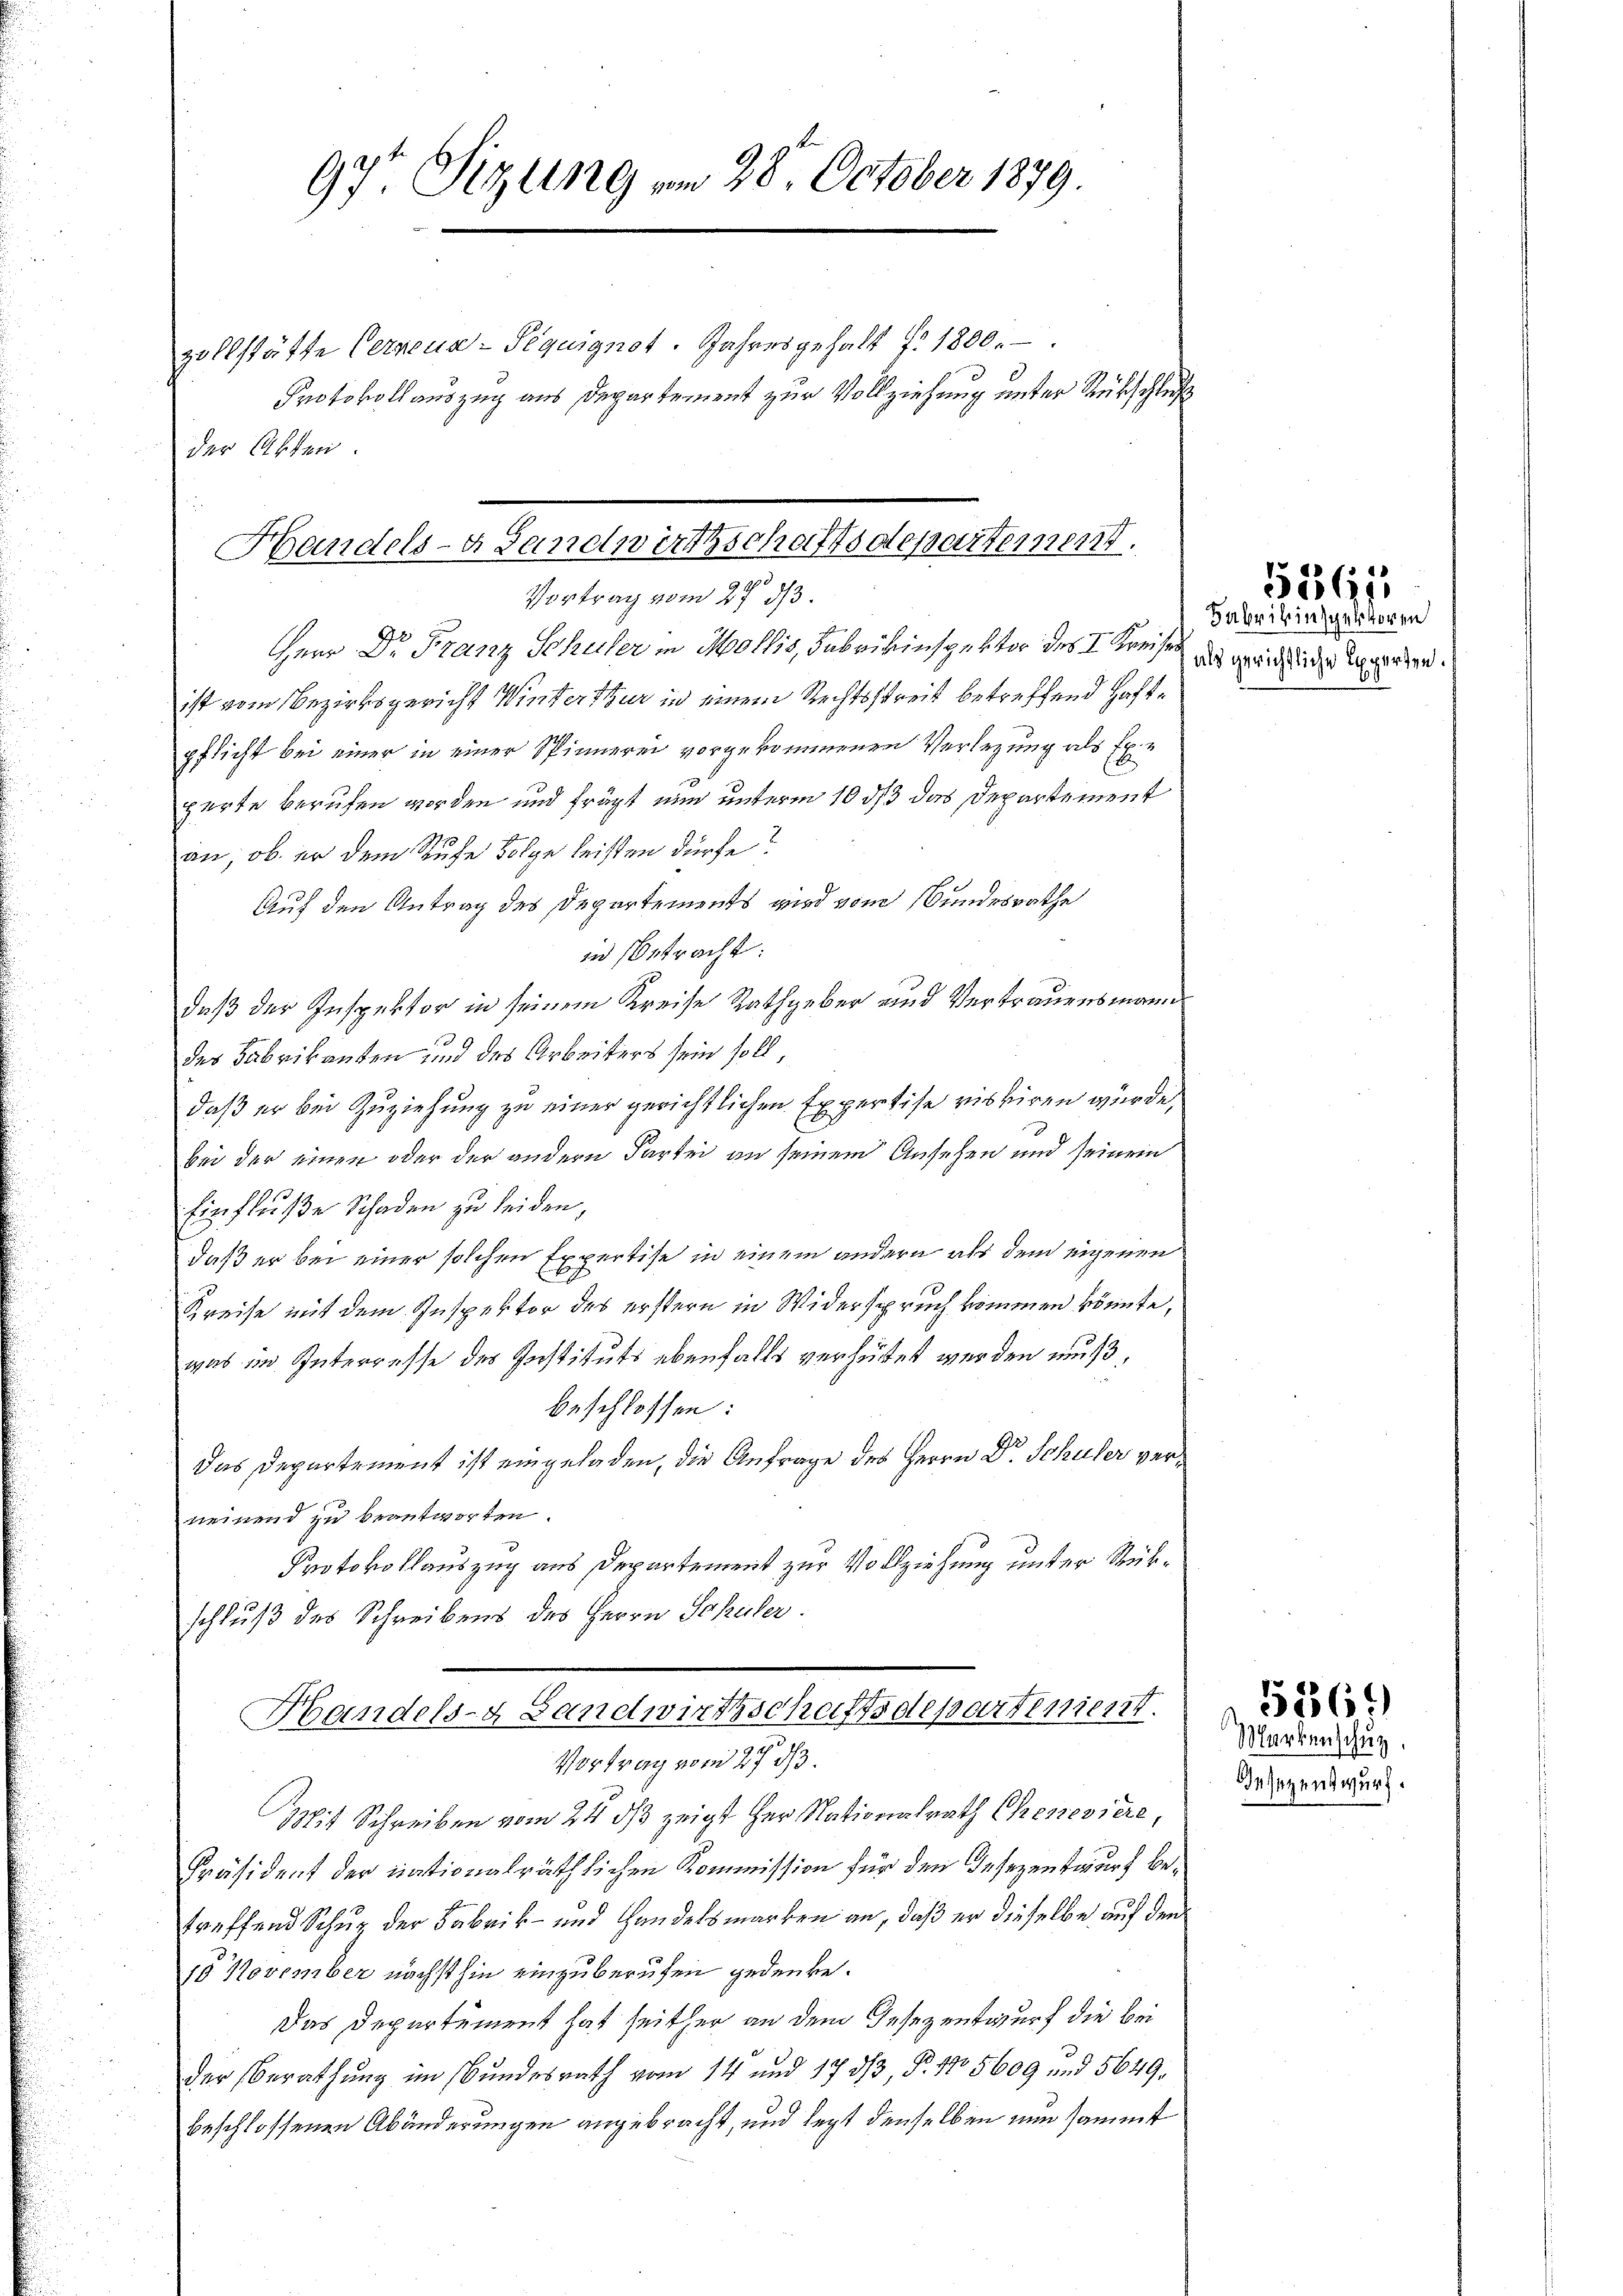
97 Sizung vom 28. October 1879.

zollstätte Cerneun-Peguignot. Jahresgehalt No 1880.
Protokollauszug aus Departement zur Vollziehung unter Rückschluß
der Akten.

Handels- & Ganelwirthschaftsdepartement.
Vortrag vom 27. ds.

Herr Dr. Franz Schuler in Mollis, Fabrikinspektor des I. Kreise es gerichtliche Anwenden
ist vom Bezirksgericht Winterthur in einem Rechtsstreit betreffend Haftpflicht bei einer in einer Spinnerei vorgekommenen Verlegung als Exe
perte berufen worden und frägt nun unterm 10 1/3 das Departement
an, ob er dem Ruhe Folge leisten dürfe?
Auf den Antrag des Departements wird vom Bundesrathe
in betracht:
daß der Inspektor in seinem Kreise Rathgeber und Vertrauensmann
der Fabrikanten und des Arbeiters sein soll,
daß er bei Zuziehung zu einer gerichtlichen Expertise riskiren würde,
bei der einen oder der andern Partei an seinem Ansehen und seinem
Einfluße Schaden zu leiden,
daß er bei einer solchen Expertise in einem andern als dem eigenen
Kreise mit dem Inspektor des erstern in Widerspruch kommen könnte,
was im Interresse des Instituts ebenfalls verhütet werden muß,
beschlossen:
Das Departement ist eingeladen, die Anfrage des Herrn Dr. Schuler verneinend zu beantworten.
Protokollauszug aus Departement zur Vollziehung unter Rükschluß des Schreibens des Herrn Schuler.

Handels-g Landwirthschaftsdepartement.
Vortrag vom 27. d.

Fabrikinspektoren

Mit Schreiben vom 24. ds zeigt her Nationalrath Cheneviere,
Präsident der nationalräthlichen Kommission für den Gesezentwurf betreffend Schup der Fabrik- und Handelsmarken an, daß er dieselbe auf den
15 November nächsthin einzuberufen gedenke.
Das Departement hat seither an dem Gesezentwurf die bei
der Berathung im Bundesrath vom 14 und 175/3, P. 15609 und 5649.
beschlossenen Abänderungen angebracht, und legt denselben nun sammt

556

Markenschul
Gesezentwurf.

3269